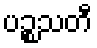
ပဉ္စသတီ